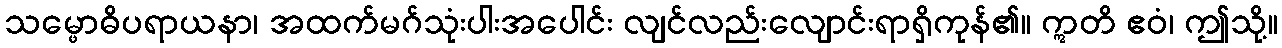
သမ္ဖောဓိပရာယနာ၊ အထက်မဂ်သုံးပါးအပေါင်း လျင်လည်းလျောင်းရာရှိကုန်၏။ ဣတိ ဧဝံ၊ ဤသို့။